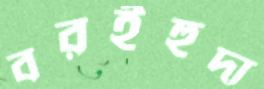
বরইহুদা